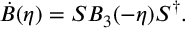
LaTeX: \dot { B } ( \eta ) = S B _ { 3 } ( - \eta ) S ^ { \dagger } .